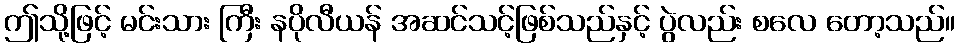
ဤသို့ဖြင့် မင်းသား ကြီး နပိုလီယန် အဆင်သင့်ဖြစ်သည်နှင့် ပွဲလည်း စလေ တော့သည်။